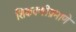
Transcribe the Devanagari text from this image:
शिकवणीप्रमाणे